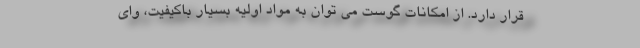
قرار دارد. از امکانات گوست می توان به مواد اولیه بسیار باکیفیت، وای